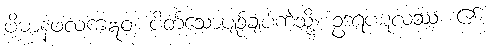
ပိဓာနဖလကံဣဝ၊ ပိတ်သောပျဉ်ချပ်ကဲ့သို့။ ဥဒရပဋလဿ၊ ၏။